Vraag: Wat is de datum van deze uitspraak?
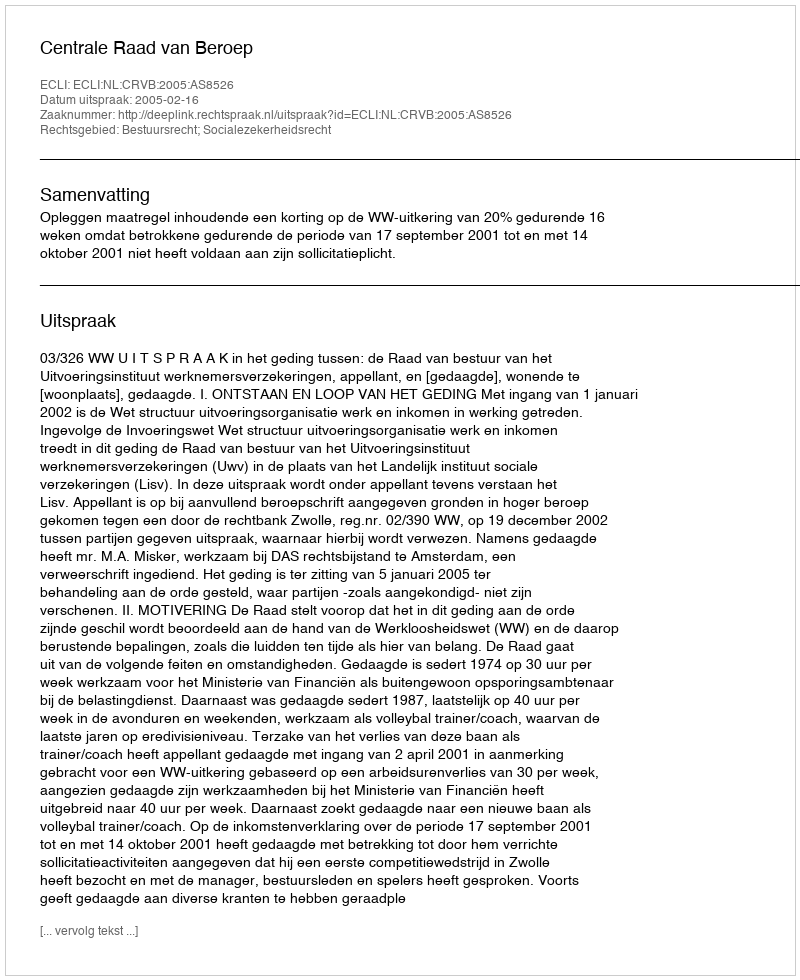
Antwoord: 2005-02-16